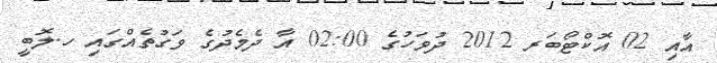
އާއި 02 އޮކްޓޯބަރ 2012 ދުވަހުގެ 02:00 އާ ދެމެދުގެ ވަގުތެއްގައި ހ.ލޮބީ